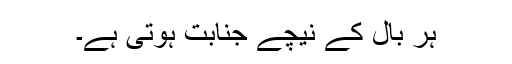
ہر بال کے نیچے جنابت ہوتی ہے۔